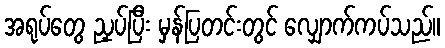
အရုပ်တွေ ညှပ်ပြီး မှန်ပြတင်းတွင် လျှောက်ကပ်သည်။